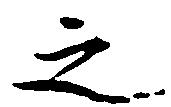
之